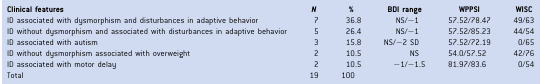
<table><thead><tr><td><b>Clinical features</b></td><td><b><i>N</i></b></td><td><b>%</b></td><td><b>BDI range</b></td><td><b>WPPSI</b></td><td><b>WISC</b></td></tr></thead><tbody><tr><td>ID associated with dysmorphism and disturbances in adaptive behavior</td><td>7</td><td>36.8</td><td>NS/−1</td><td>57.52/78.47</td><td>49/63</td></tr><tr><td>ID without dysmorphism and associated with disturbances in adaptive behavior</td><td>5</td><td>26.4</td><td>NS/−1</td><td>57.52/85.23</td><td>44/54</td></tr><tr><td>ID associated with autism</td><td>3</td><td>15.8</td><td>NS/−2 SD</td><td>57.52/72.19</td><td>0/65</td></tr><tr><td>ID without dysmorphism associated with overweight</td><td>2</td><td>10.5</td><td>NS</td><td>54.0/57.52</td><td>42/76</td></tr><tr><td>ID associated with motor delay</td><td>2</td><td>10.5</td><td>−1/−1.5</td><td>81.97/83.6</td><td>0/54</td></tr><tr><td>Total</td><td>19</td><td>100</td><td></td><td></td><td></td></tr></tbody></table>